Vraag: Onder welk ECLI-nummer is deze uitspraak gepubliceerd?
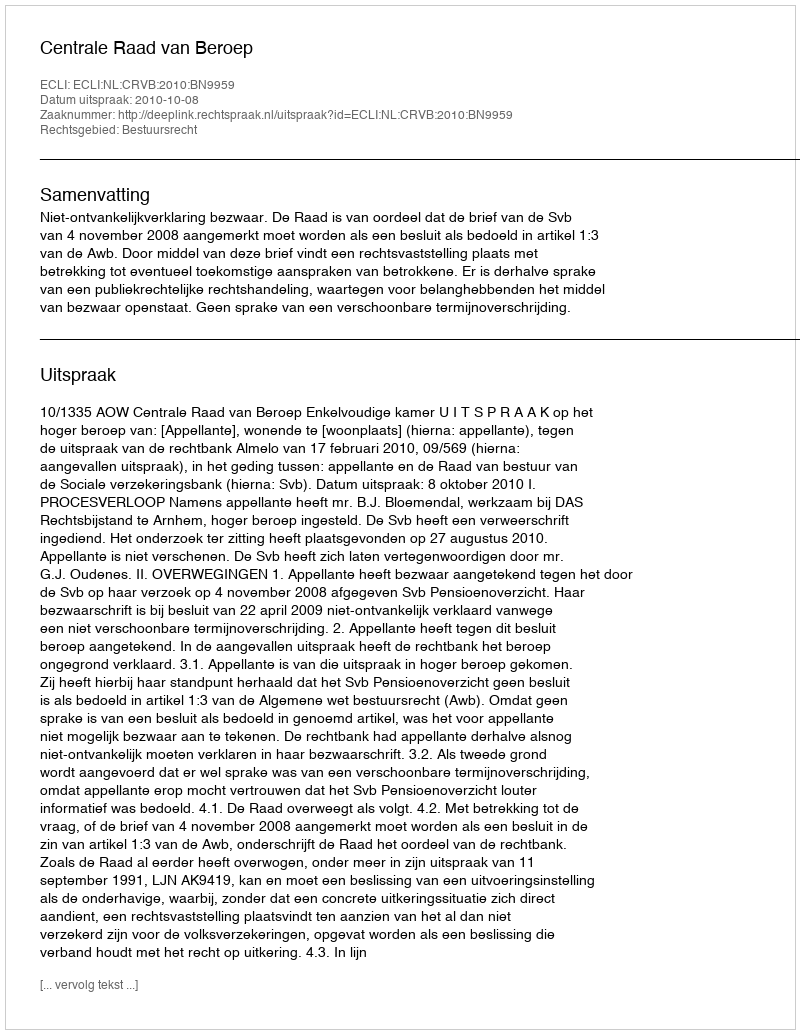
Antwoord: ECLI:NL:CRVB:2010:BN9959